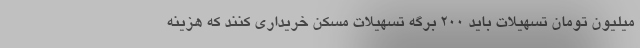
میلیون تومان تسهیلات باید ۲۰۰ برگه تسهیلات مسکن خریداری کنند که هزینه